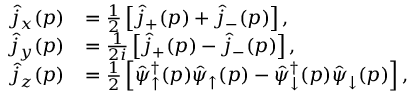
\begin{array} { r l } { \hat { j } _ { x } ( p ) } & { = \frac { 1 } { 2 } \left[ \hat { j } _ { + } ( p ) + \hat { j } _ { - } ( p ) \right] , } \\ { \hat { j } _ { y } ( p ) } & { = \frac { 1 } { 2 i } \left[ \hat { j } _ { + } ( p ) - \hat { j } _ { - } ( p ) \right] , } \\ { \hat { j } _ { z } ( p ) } & { = \frac { 1 } { 2 } \left[ \hat { \psi } _ { \uparrow } ^ { \dagger } ( p ) \hat { \psi } _ { \uparrow } ( p ) - \hat { \psi } _ { \downarrow } ^ { \dagger } ( p ) \hat { \psi } _ { \downarrow } ( p ) \right] , } \end{array}